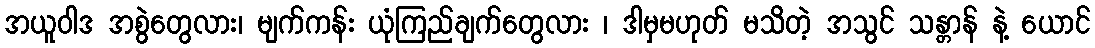
အယူဝါဒ အစွဲတွေလား၊ မျက်ကန်း ယုံကြည်ချက်တွေလား ၊ ဒါမှမဟုတ် မသိတဲ့ အသွင် သန္တာန် နဲ့ ယောင်